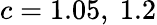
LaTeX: c=1.05,\ 1.2